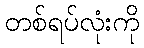
တစ်ရပ်လုံးကို